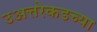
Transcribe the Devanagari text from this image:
उअत्तरेकडच्या